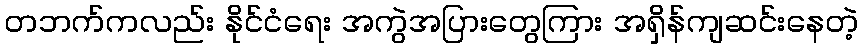
တဘက်ကလည်း နိုင်ငံရေး အကွဲအပြားတွေကြား အရှိန်ကျဆင်းနေတဲ့